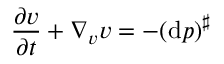
\frac { \partial v } { \partial t } + \nabla _ { v } v = - ( \mathrm { d } p ) ^ { \sharp }